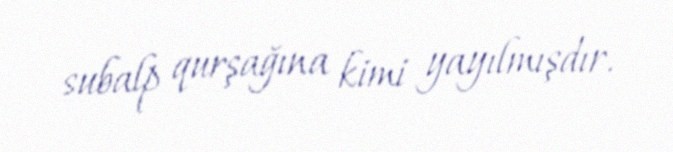
subalp qurşağına kimi yayılmışdır.